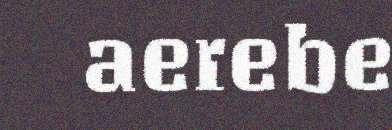
aerebe